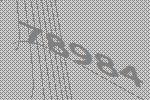
78984